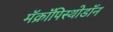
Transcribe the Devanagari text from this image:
मॅक्रॉपिस्थोडॉन